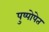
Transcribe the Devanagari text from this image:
पुष्पोपेत